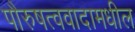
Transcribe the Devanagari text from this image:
पौरुषत्ववादामधील